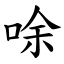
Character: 唋